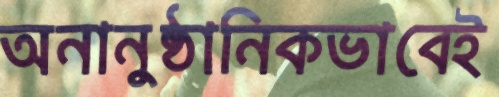
অনানুষ্ঠানিকভাবেই